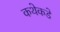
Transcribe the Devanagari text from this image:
कथेकडे